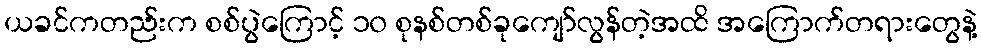
ယခင်ကတည်းက စစ်ပွဲကြောင့် ၁၀ စုနစ်တစ်ခုကျော်လွန်တဲ့အထိ အကြောက်တရားတွေနဲ့